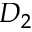
D _ { 2 }